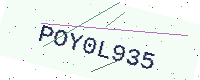
Text: POY0L935